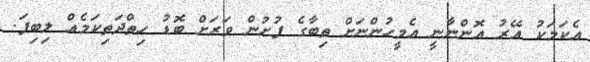
އެކަމަކު އޭރު އޮންނާނީ އެމީހުންނަށް ތިބާގެ ފުށުން ވަރަށް ބޮޑު ހިތްދަތިކަމެއް ލިބިފަ.